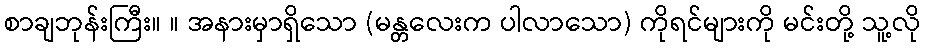
စာချဘုန်းကြီး။ ။ အနားမှာရှိသော (မန္တလေးက ပါလာသော) ကိုရင်များကို မင်းတို့ သူ့လို